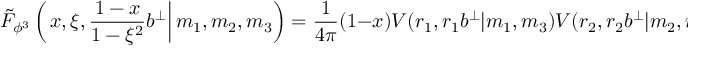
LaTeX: \tilde { F } _ { \phi ^ { 3 } } \left( \left. x , \xi , \frac { 1 - x } { 1 - \xi ^ { 2 } } b ^ { \perp } \right| m _ { 1 } , m _ { 2 } , m _ { 3 } \right) = \frac { 1 } { 4 \pi } ( 1 - x ) V ( r _ { 1 } , r _ { 1 } b ^ { \perp } | m _ { 1 } , m _ { 3 } ) V ( r _ { 2 } , r _ { 2 } b ^ { \perp } | m _ { 2 } , m _ { 3 } ) \, .